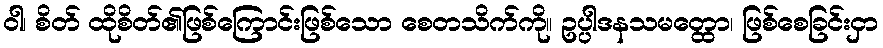
ဝါ၊ စိတ် ထိုစိတ်၏ဖြစ်ကြောင်းဖြစ်သော စေတသိက်ကို။ ဥပ္ပါဒနသမတ္ထော၊ ဖြစ်စေခြင်းငှာ